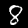
Label: 8